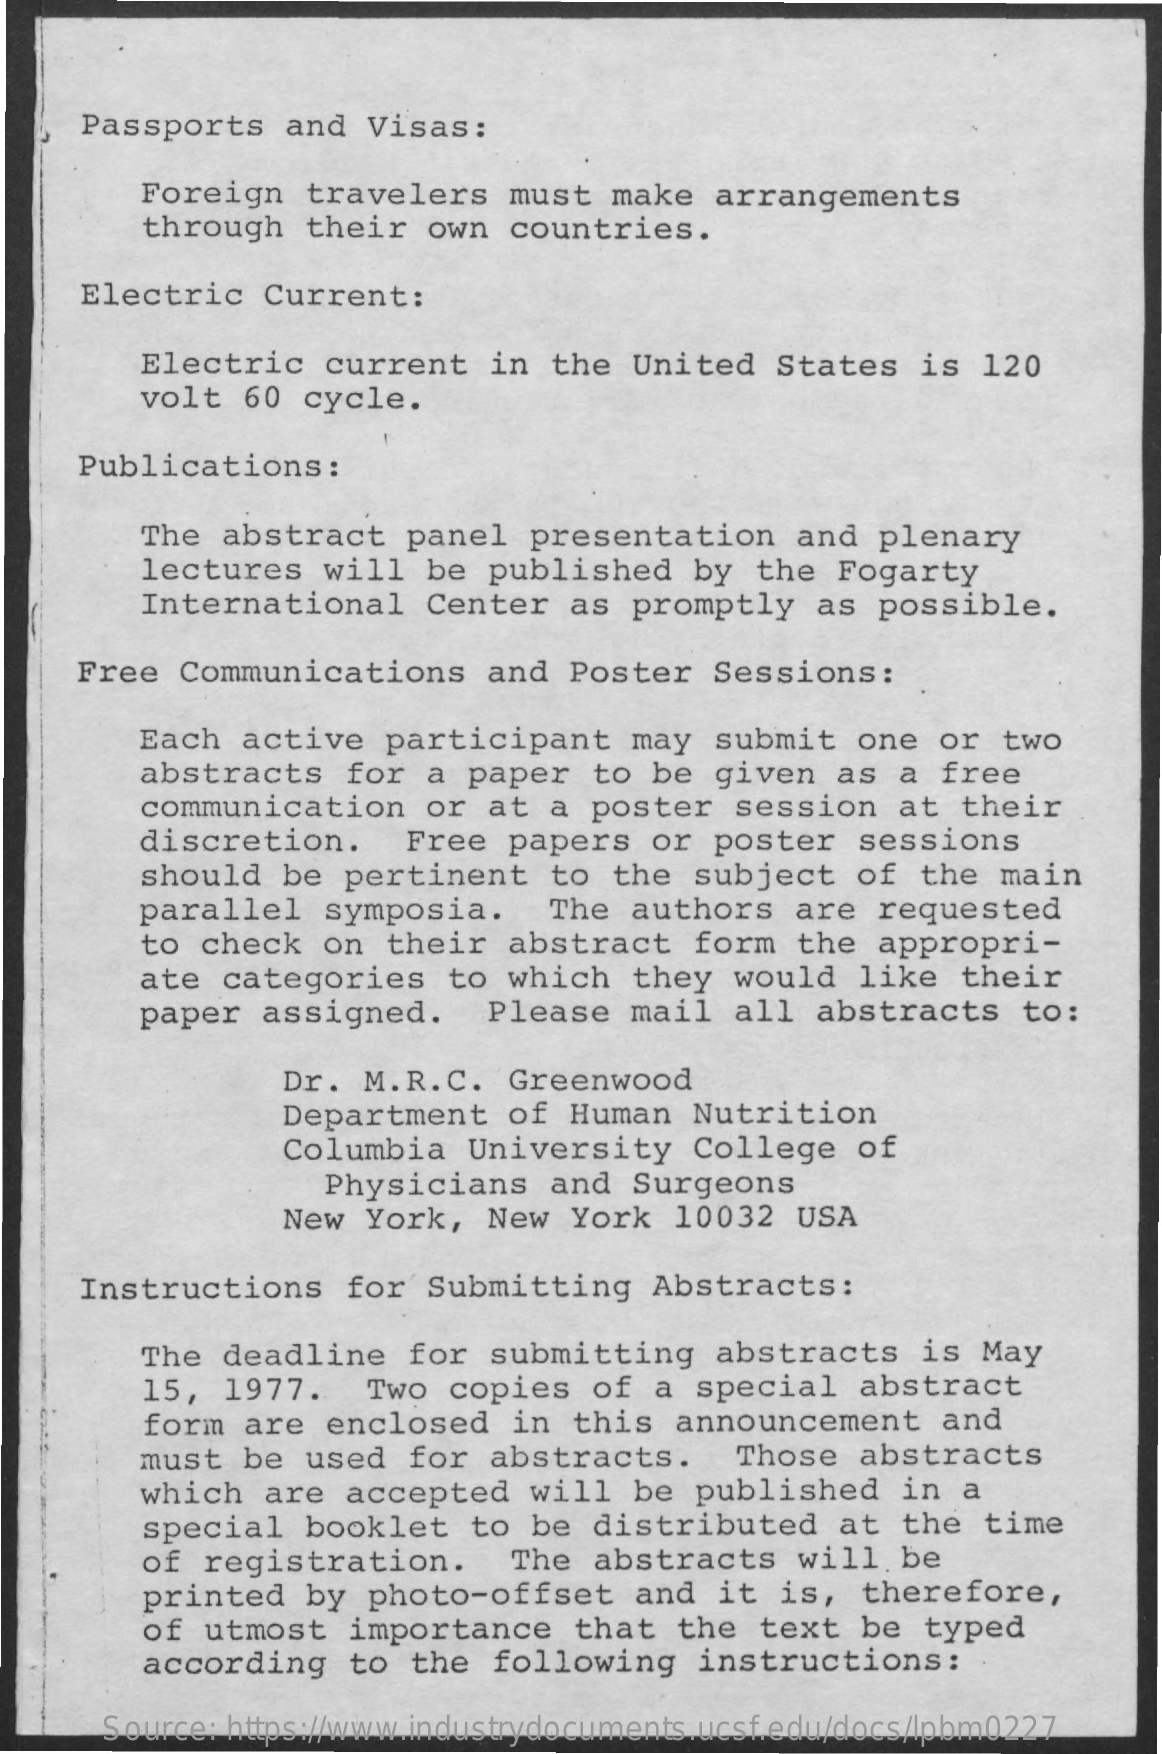
Passports    and  Visas:
     Foreign   travelers    must  make  arrangements
     through   their  own   countries.
     Electric   Current:
     Electric   current   in  the  United   States   is  120
     volt  60  cycle.
     Publications    :
     The  abstract   panel   presentation    and  plenary
     lectures   will  be  published    by  the  Fogarty
     International    Center   as  promptly    as possible.
     Free  Communications    and  Poster   Sessions:
     Each  active   participant    may  submit   one  or  two
     abstracts    for a  paper   to be  given   as  a free
     communication    or  at  a  poster   session   at  their
     discretion.    Free  papers   or  poster   sessions
     should   be pertinent    to  the  subject   of  the  main
     parallel   symposia.    The  authors   are  requested
     to check   on  their   abstract   form  the  appropri-
     ate  categories    to which   they  would   like   their
     paper  assigned.    Please   mail   all  abstracts   to:
     Dr. M.R.C.   Greenwood
     Department    of Human   Nutrition
     Columbia   University    College   of
     Physicians    and  Surgeons
     New  York,  New  York   10032  USA
     Instructions    for Submitting    Abstracts:
     The  deadline   for  submitting    abstracts    is  May
     15,  1977.    Two  copies   of  a special   abstract
     form  are  enclosed    in  this  announcement    and
     must  be  used  for  abstracts.    Those  abstracts
     which   are  accepted   will  be  published    in  a
     special   booklet   to  be  distributed    at  the  time
     of  registration.    The  abstracts   will   be
     printed   by  photo-offset    and   it is,   therefore,
     of  utmost   importance    that  the  text  be  typed
     according    to  the  following   instructions:
     Source: https://www.industrydocuments.ucsf.edu/docs/lpbm0227